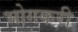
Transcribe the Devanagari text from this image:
भोगकरी